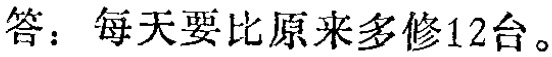
答：每天要比原来多修12台。